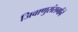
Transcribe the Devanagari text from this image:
जिवाणुसंसर्गाने